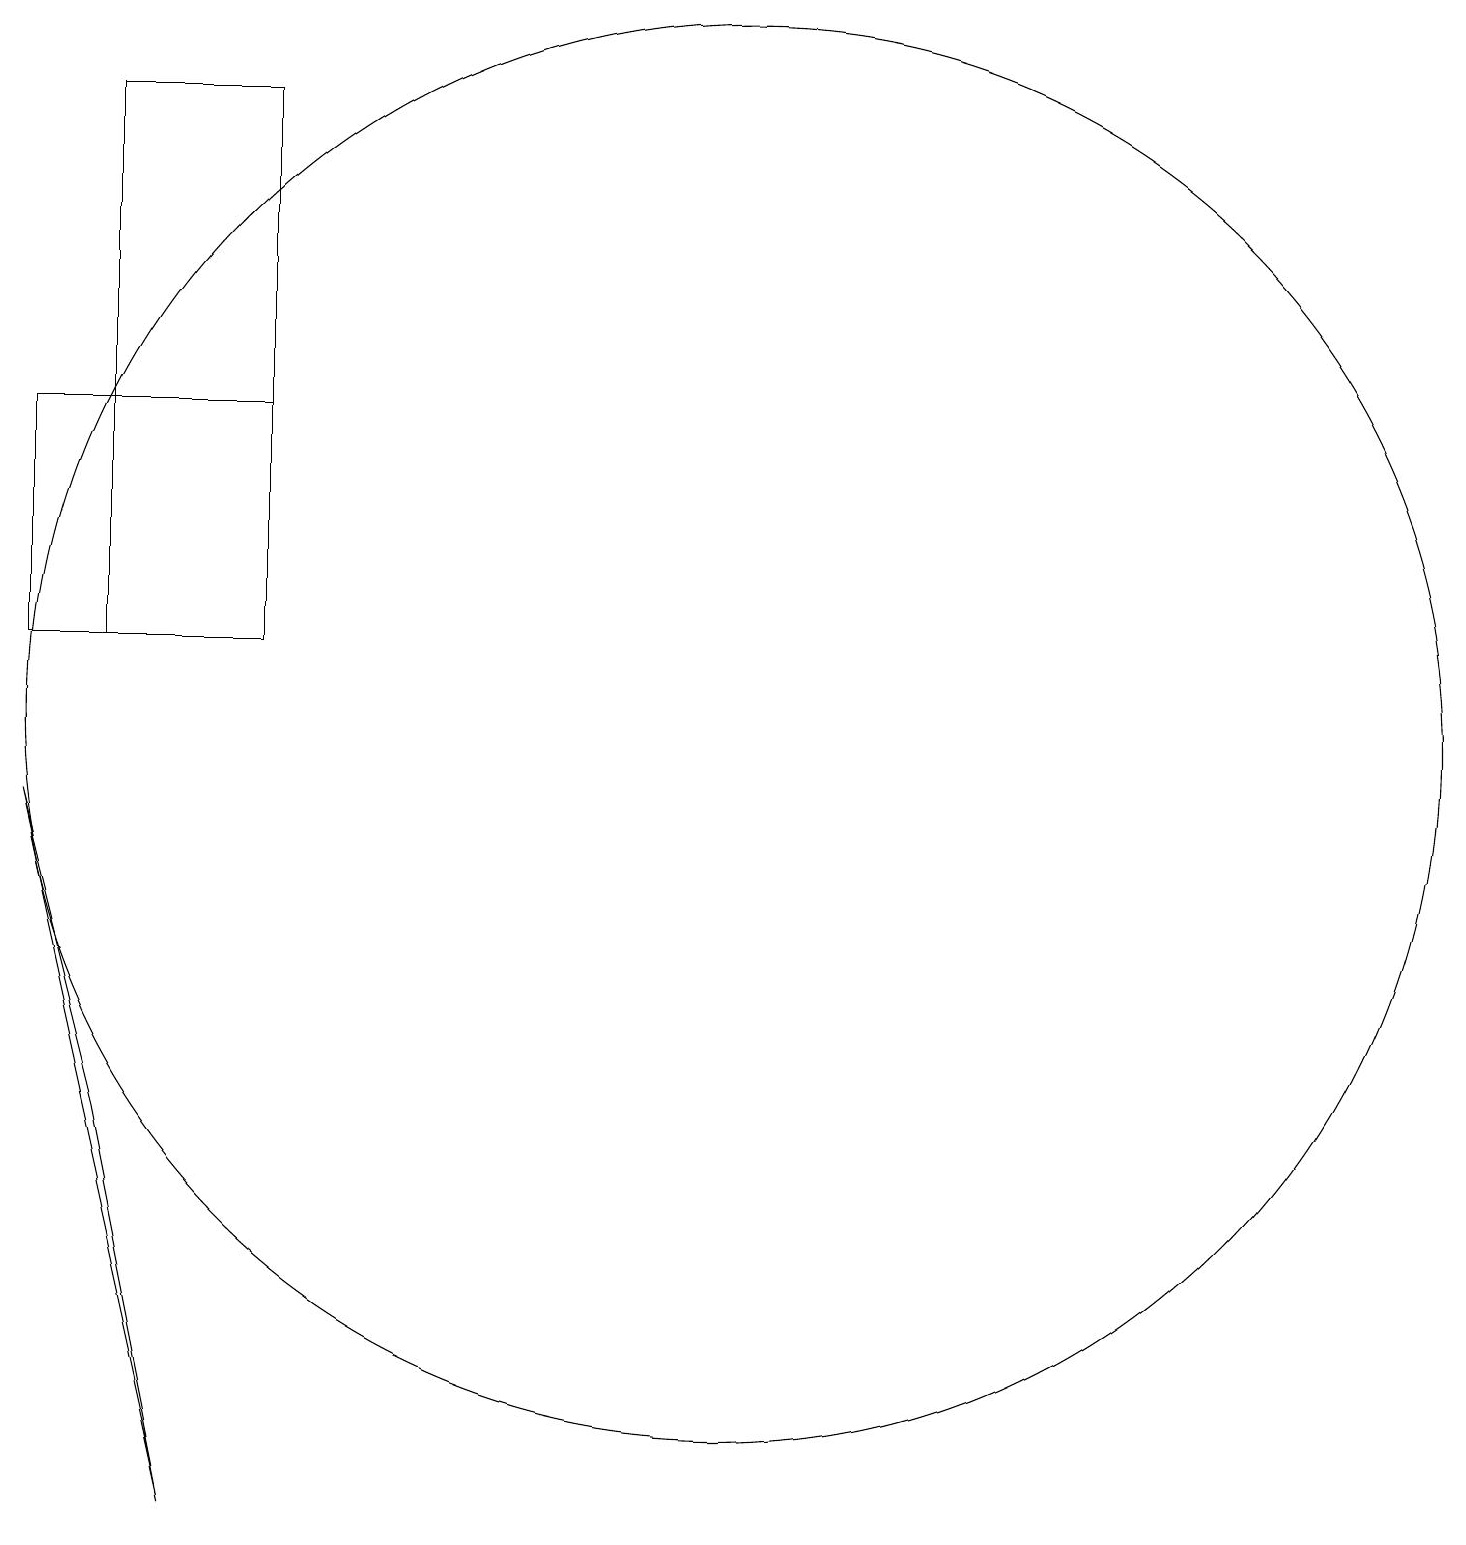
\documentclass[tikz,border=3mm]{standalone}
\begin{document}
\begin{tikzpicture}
\draw (3,11) rectangle (5,18);
\draw (5,11) rectangle (2,14);
\draw (3,5) -- (2,9) -- (4,0) -- cycle;
\draw (11,10) circle (9);
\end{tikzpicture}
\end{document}